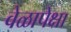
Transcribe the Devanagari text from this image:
वेळापेक्षा